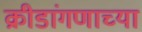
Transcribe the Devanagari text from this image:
क्रीडांगणाच्या